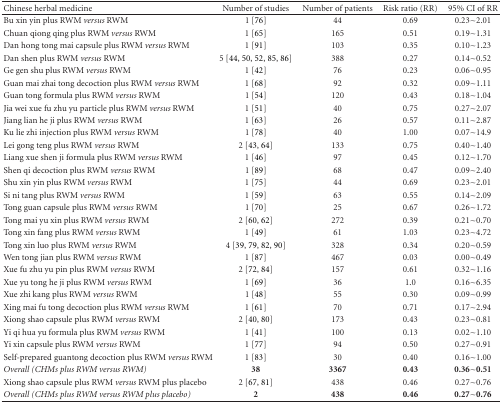
<table><thead><tr><td><b>Chinese herbal medicine</b></td><td><b>Number of studies</b></td><td><b>Number of patients</b></td><td><b>Risk ratio (RR)</b></td><td><b>95% CI of RR</b></td></tr></thead><tbody><tr><td>Bu xin yin plus RWM <i>versus</i> RWM</td><td>1 [76]</td><td>44</td><td>0.69</td><td>0.23~2.01</td></tr><tr><td>Chuan qiong qing plus RWM <i>versus</i> RWM</td><td>1 [65]</td><td>165</td><td>0.51</td><td>0.19~1.31</td></tr><tr><td>Dan hong tong mai capsule plus RWM <i>versus</i> RWM</td><td>1 [91]</td><td>103</td><td>0.35</td><td>0.10~1.23</td></tr><tr><td>Dan shen plus RWM <i>versus</i> RWM</td><td>5 [44, 50, 52, 85, 86]</td><td>388</td><td>0.27</td><td>0.14~0.52</td></tr><tr><td>Ge gen shu plus RWM <i>versus</i> RWM</td><td>1 [42]</td><td>76</td><td>0.23</td><td>0.06~0.95</td></tr><tr><td>Guan mai zhai tong decoction plus RWM <i>versus</i> RWM</td><td>1 [68]</td><td>92</td><td>0.32</td><td>0.09~1.11</td></tr><tr><td>Guan tong formula plus RWM <i>versus</i> RWM</td><td>1 [54]</td><td>120</td><td>0.43</td><td>0.18~1.04</td></tr><tr><td>Jia wei xue fu zhu yu particle plus RWM <i>versus</i> RWM</td><td>1 [51]</td><td>40</td><td>0.75</td><td>0.27~2.07</td></tr><tr><td>Jiang lian he ji plus RWM <i>versus</i> RWM</td><td>1 [63]</td><td>26</td><td>0.57</td><td>0.11~2.87</td></tr><tr><td>Ku lie zhi injection plus RWM <i>versus</i> RWM</td><td>1 [78]</td><td>40</td><td>1.00</td><td>0.07~14.9</td></tr><tr><td>Lei gong teng plus RWM <i>versus</i> RWM</td><td>2 [43, 64]</td><td>133</td><td>0.75</td><td>0.40~1.40</td></tr><tr><td>Liang xue shen ji formula plus RWM <i>versus</i> RWM</td><td>1 [46]</td><td>97</td><td>0.45</td><td>0.12~1.70</td></tr><tr><td>Shen qi decoction plus RWM <i>versus</i> RWM</td><td>1 [89]</td><td>68</td><td>0.47</td><td>0.09~2.40</td></tr><tr><td>Shu xin yin plus RWM <i>versus</i> RWM</td><td>1 [75]</td><td>44</td><td>0.69</td><td>0.23~2.01</td></tr><tr><td>Si ni tang plus RWM <i>versus</i> RWM</td><td>1 [59]</td><td>63</td><td>0.55</td><td>0.14~2.09</td></tr><tr><td>Tong guan capsule plus RWM <i>versus</i> RWM</td><td>1 [70]</td><td>25</td><td>0.67</td><td>0.26~1.72</td></tr><tr><td>Tong mai yu xin plus RWM <i>versus</i> RWM</td><td>2 [60, 62]</td><td>272</td><td>0.39</td><td>0.21~0.70</td></tr><tr><td>Tong xin fang plus RWM <i>versus</i> RWM</td><td>1 [49]</td><td>61</td><td>1.03</td><td>0.23~4.72</td></tr><tr><td>Tong xin luo plus RWM <i>versus</i> RWM</td><td>4 [39, 79, 82, 90]</td><td>328</td><td>0.34</td><td>0.20~0.59</td></tr><tr><td>Wen tong jian plus RWM <i>versus</i> RWM</td><td>1 [87]</td><td>467</td><td>0.03</td><td>0.00~0.49</td></tr><tr><td>Xue fu zhu yu pin plus RWM <i>versus</i> RWM</td><td>2 [72, 84]</td><td>157</td><td>0.61</td><td>0.32~1.16</td></tr><tr><td>Xue yu tong he ji plus RWM <i>versus</i> RWM</td><td>1 [69]</td><td>36</td><td>1.0</td><td>0.16~6.35</td></tr><tr><td>Xue zhi kang plus RWM <i>versus</i> RWM</td><td>1 [48]</td><td>55</td><td>0.30</td><td>0.09~0.99</td></tr><tr><td>Xing mai fu tong decoction plus RWM <i>versus</i> RWM</td><td>1 [61]</td><td>70</td><td>0.71</td><td>0.17~2.94</td></tr><tr><td>Xiong shao capsule plus RWM <i>versus</i> RWM</td><td>2 [40, 80]</td><td>173</td><td>0.43</td><td>0.23~0.81</td></tr><tr><td>Yi qi hua yu formula plus RWM <i>versus</i> RWM</td><td>1 [41]</td><td>100</td><td>0.13</td><td>0.02~1.10</td></tr><tr><td>Yi xin capsule plus RWM <i>versus</i> RWM</td><td>1 [77]</td><td>94</td><td>0.50</td><td>0.27~0.91</td></tr><tr><td>Self-prepared guantong decoction plus RWM <i>versus</i> RWM</td><td>1 [83]</td><td>30</td><td>0.40</td><td>0.16~1.00</td></tr><tr><td><i>Overall (CHMs plus RWM versus RWM)</i></td><td><b>38</b></td><td><b>3367</b></td><td><b>0.43</b></td><td><b>0.36~0.51</b></td></tr><tr><td>Xiong shao capsule plus RWM <i>versus</i> RWM plus placebo</td><td>2 [67, 81]</td><td>438</td><td>0.46</td><td>0.27~0.76</td></tr><tr><td><i>Overall (CHMs plus RWM versus RWM plus placebo)</i></td><td><b>2 </b></td><td><b>438</b></td><td><b>0.46</b></td><td><b>0.27~0.76</b></td></tr></tbody></table>